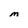
Character: M